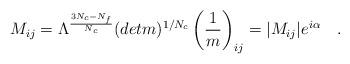
LaTeX: \begin{align*}M_{ij} = \Lambda^{{3N_c - N_f \over N_c}} (detm)^{1/N_c}\left( {1 \over m} \right) _{ij} = |M_{ij}| e^{i\alpha}~~~.\end{align*}